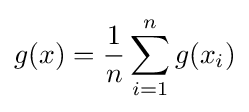
\displaystyle g(x)={\frac {1}{n}}\sum _{i=1}^{n}g(x_{i})